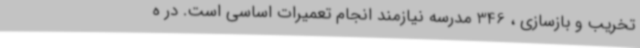
تخریب و بازسازی ، 346 مدرسه نیازمند انجام تعمیرات اساسی است. در ه